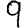
Digit: 9